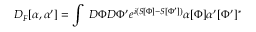
D _ { F } [ \alpha , \alpha ^ { \prime } ] = \int ~ D \Phi D \Phi ^ { \prime } e ^ { i ( S [ \Phi ] - S [ \Phi ^ { \prime } ] ) } \alpha [ \Phi ] \alpha ^ { \prime } [ \Phi ^ { \prime } ] ^ { * }